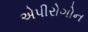
એપીરોગોન